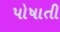
પોષાતી